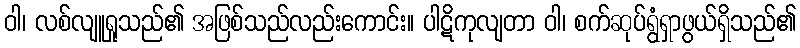
ဝါ၊ လစ်လျူရှုသည်၏ အဖြစ်သည်လည်းကောင်း။ ပါဋိကုလျတာ ဝါ၊ စက်ဆုပ်ရွံရှာဖွယ်ရှိသည်၏